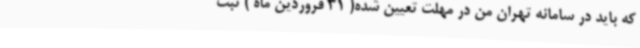
که باید در سامانه تهران من در مهلت تعیین شده( 31 فروردین ماه ) ثبت